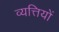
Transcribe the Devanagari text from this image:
व्यत्तियों